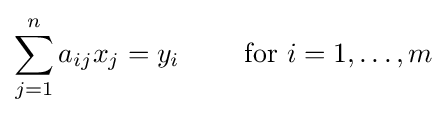
\sum _{j=1}^{n}a_{ij}x_{j}=y_{i}\qquad {\mbox{ for }}i=1,\ldots ,m